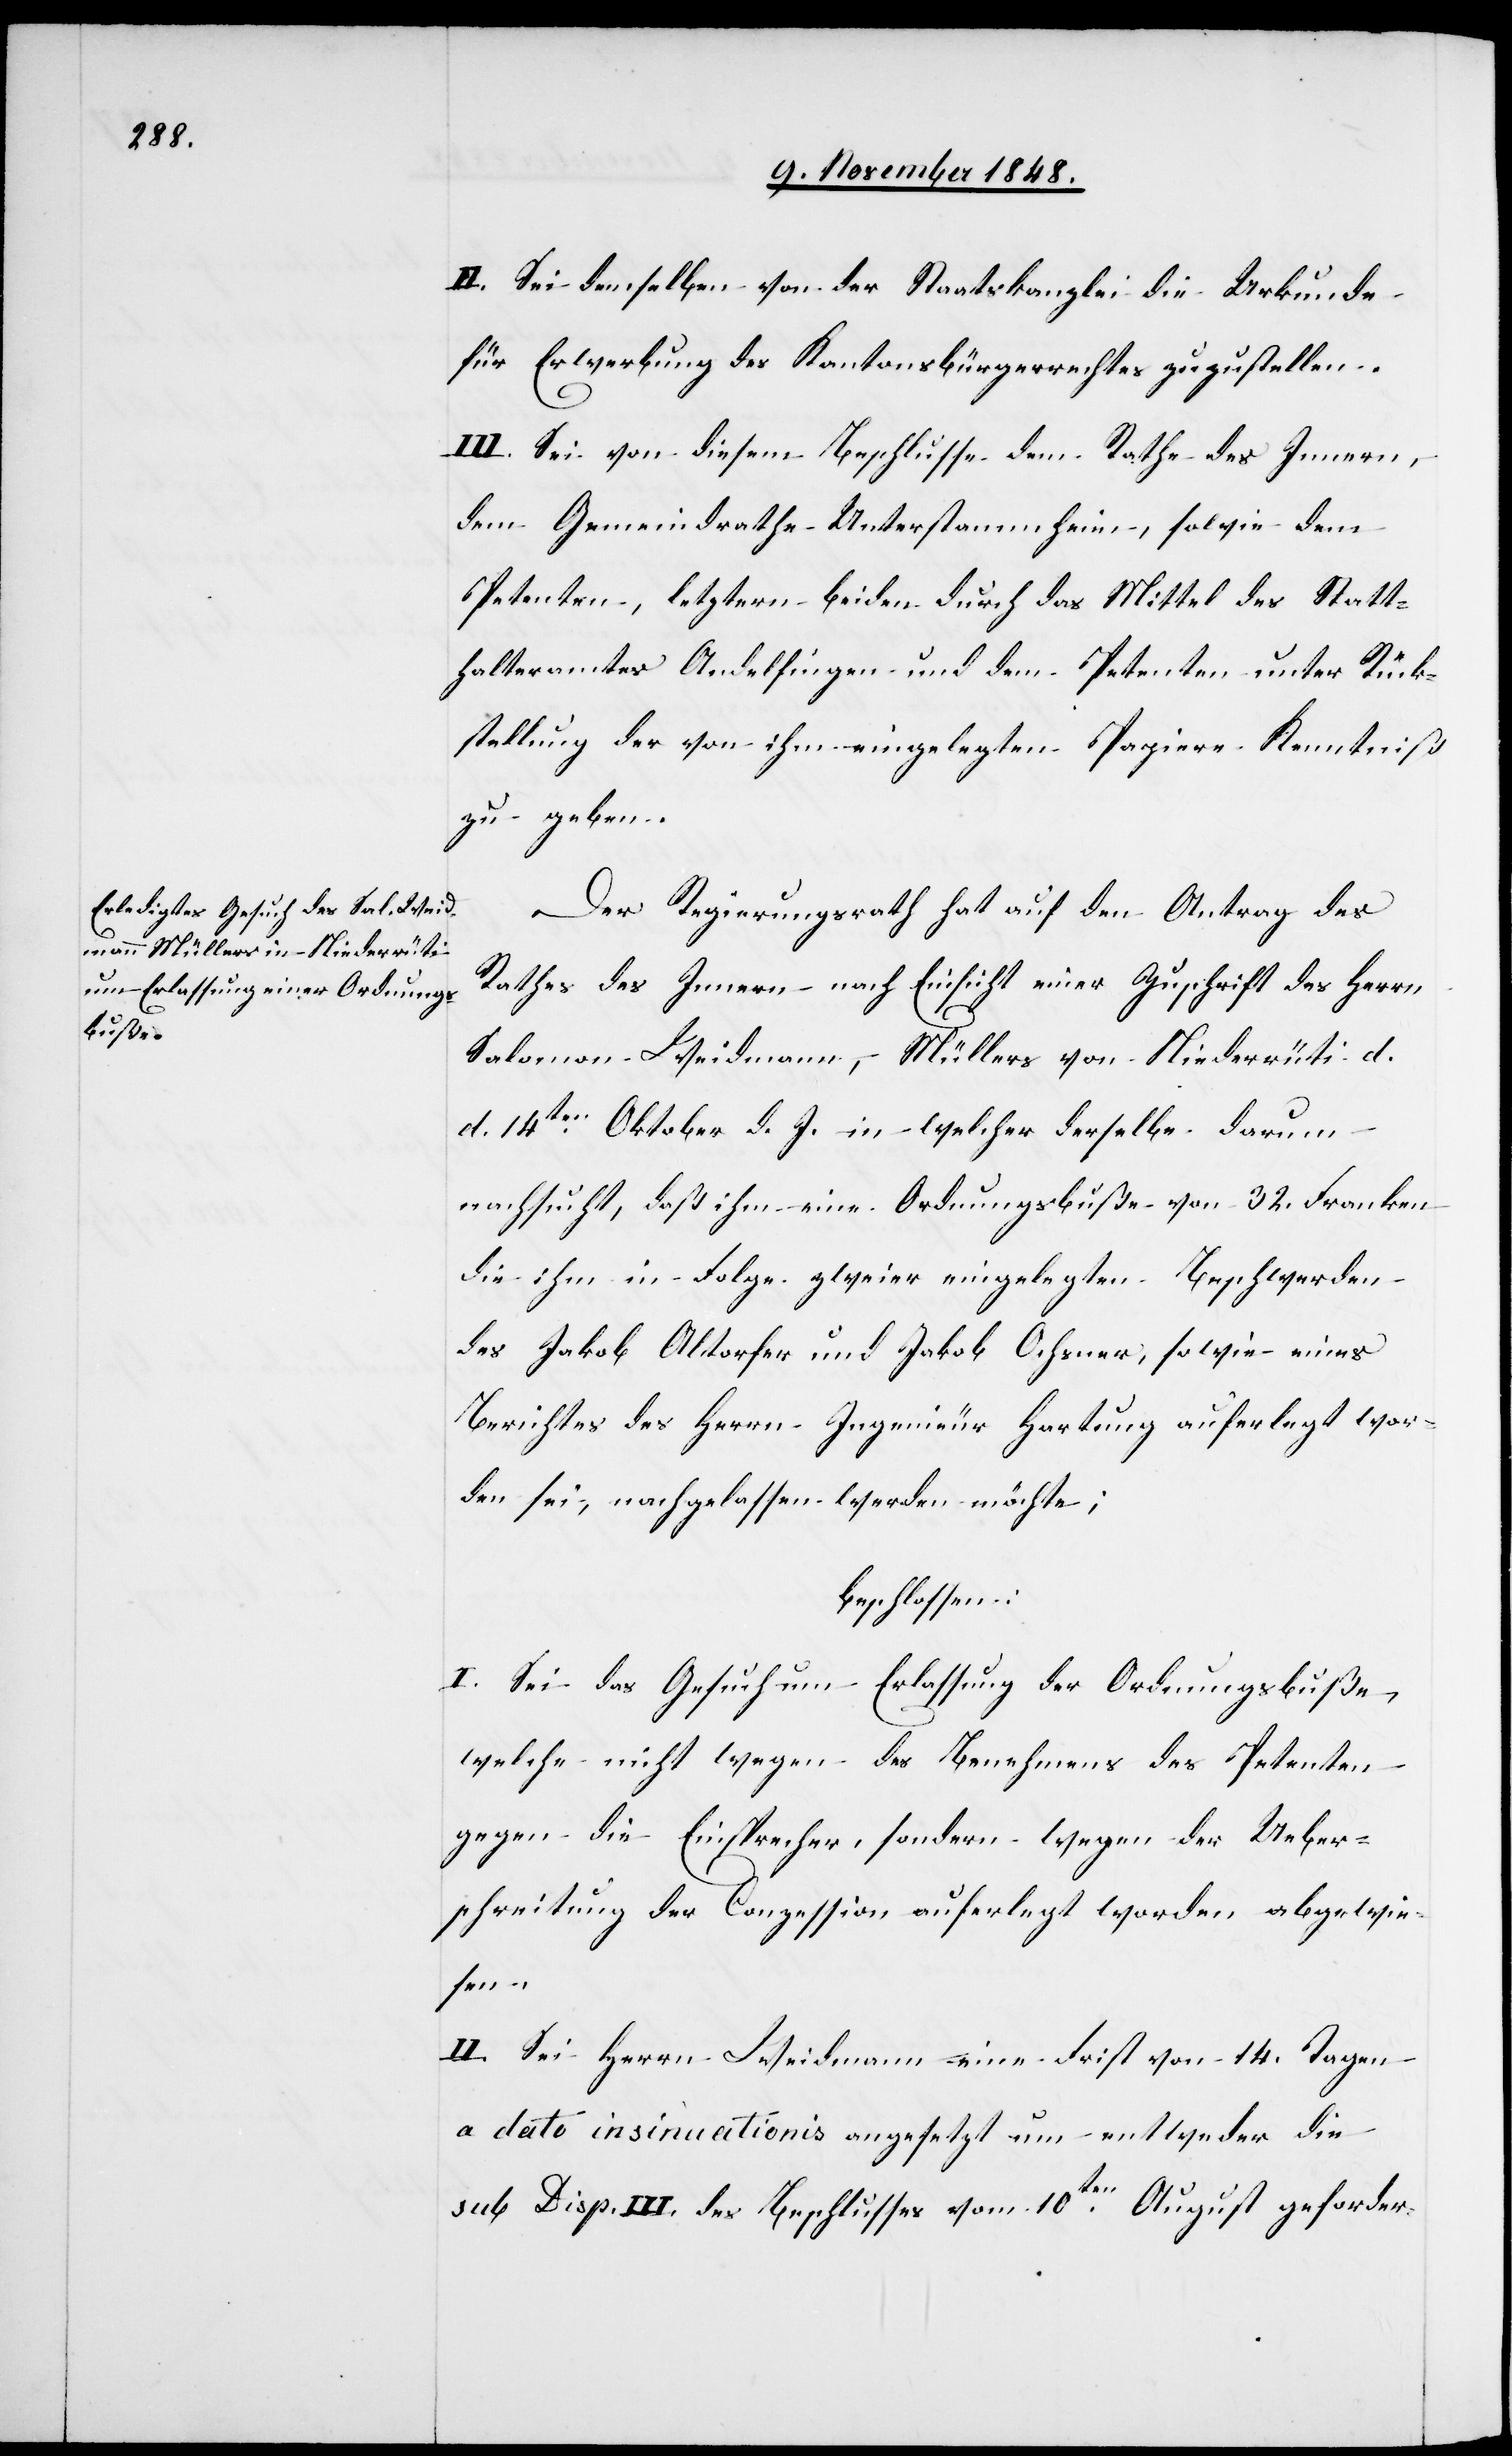
II. Sei denselben von der Staatskanzlei die Urkunde
für Erwerbung des Kantonsbürgerrechtes zuzustellen.
II. Sei von diesem Beschlusse dem Rathe des Innern,
dem Gemeindrathe Unterstammheim, sowie dem
Petenten, letztern beiden durch das Mittel des Statt¬
halteramtes Andelfingen und dem Petenten unter Rück¬
stellung der von ihm eingelegten Papiere Kenntniß
zu geben.
Der Regierungsrath hat auf den Antrag des
Rathes des Innern nach Einsicht einer Zuschrift des Herrn
Salomon Weidmann, Müllers von Niederrüti d.
d. 14ten Oktober d. J. in welcher derselbe darum
nachsucht, daß ihm eine Ordnungsbuße von 32. Franken
die ihm in Folge zweier eingelegten Beschwerden
des Jakob Altorfer und Jakob Ochsner, so wie eines
Berichtes des Herrn Ingenieur Hartung auferlegt wor¬
den sei, nachgelassen werden möchte;
beschlossen:
I. Sei das Gesuch um Erlassung der Ordnungsbuße,
welche nicht wegen des Benehmens des Petenten
gegen die Einsprecher, sondern wegen der Ueber¬
schreitung der Conzession auferlegt worden abgewie¬
sen.
II. Sei Herrn Weidmann eine Frist von 14. Tagen
a dato insinuationis angesetzt um entweder die
sub. Disp. III. des Beschlusses vom 10ten August geforder-